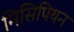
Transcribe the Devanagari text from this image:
मिसिपियन